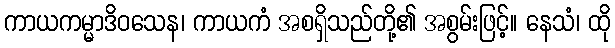
ကာယကမ္မာဒိဝသေန၊ ကာယကံ အစရှိသည်တို့၏ အစွမ်းဖြင့်။ နေသံ၊ ထို